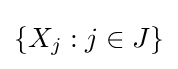
\left\{X_{j}:j\in J\right\}